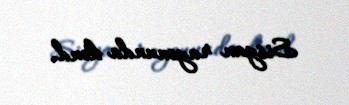
Sisyan rayonunda kənd.